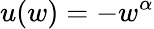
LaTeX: u(w)=-w^{\alpha}